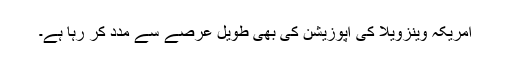
امریکہ وینزویلا کی اپوزیشن کی بھی طویل عرصے سے مدد کر رہا ہے۔